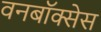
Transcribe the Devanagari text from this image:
वनबॉक्सेस